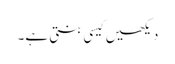
دیکھیں کیسی بنتی ہے۔